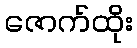
ဇောက်ထိုး